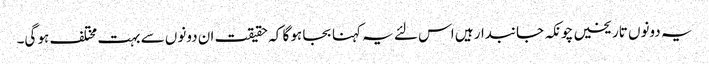
یہ دونوں تاریخیں چونکہ جانبدار ہیں اس لئے یہ کہنا بجا ہو گا کہ حقیقت ان دونوں سے بہت مختلف ہو گی۔